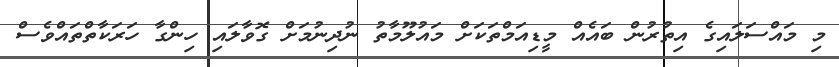
މި މައްސަލައިގެ އިތުރުން ބައެއް މީޑިއަމްތަކަށް މައުލޫމާތު ނުދިނުމަށް ގޮވާލައި ހިންގާ ހަރަކާތްތައްވެސް